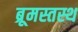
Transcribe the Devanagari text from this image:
ब्रूमस्तस्थ